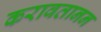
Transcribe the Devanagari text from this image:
करावतानन